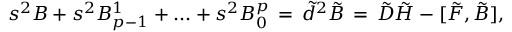
s ^ { 2 } B + s ^ { 2 } B _ { p - 1 } ^ { 1 } + . . . + s ^ { 2 } B _ { 0 } ^ { p } \, = \, \tilde { d } ^ { 2 } \tilde { B } \, = \, \tilde { D } \tilde { H } - [ \tilde { F } , \tilde { B } ] ,